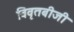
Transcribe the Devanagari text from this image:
विवृतबीजी